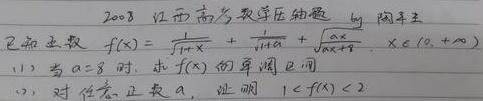
2008江西高考数学压轴题 by 陶平生
已知函数\(f(x)=\frac{1}{\sqrt{1 + x}}+\frac{1}{\sqrt{1 + a}}+\sqrt{\frac{ax}{ax + 8}}\)，\(x\in(0,+\infty)\)。
(1) 当\(a = 8\)时，求\(f(x)\)的单调区间；
(2) 对任意正数\(a\)，证明\(1 < f(x)<2\)。